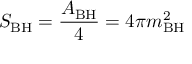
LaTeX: S _ { \mathrm { B H } } = { \frac { A _ { \mathrm { B H } } } { 4 } } = 4 \pi m _ { \mathrm { B H } } ^ { 2 }